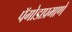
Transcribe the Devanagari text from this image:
पॅगोडाप्रमाणे